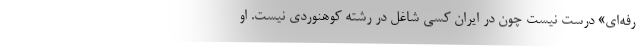
رفه‌ای» درست نیست چون در ایران کسی شاغل در رشته کوهنوردی نیست. او